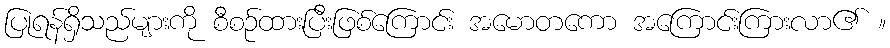
ပြုရန်ရှိသည်များကို စီစဉ်ထားပြီးဖြစ်ကြောင်း အမောတကော အကြောင်းကြားလာ၏ ။